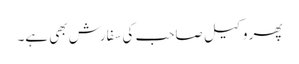
پھر وکیل صاحب کی سفارش بھی ہے۔